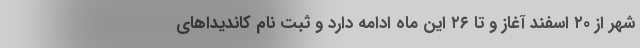
شهر از ۲۰ اسفند آغاز و تا ۲۶ این ماه ادامه دارد و ثبت نام کاندیداهای